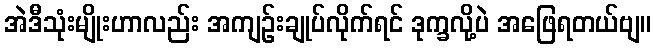
အဲဒီသုံးမျိုးဟာလည်း အကျဉ်းချုပ်လိုက်ရင် ဒုက္ခလို့ပဲ အဖြေရတယ်ဗျ။